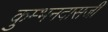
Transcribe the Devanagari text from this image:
कुम्भनदासजी